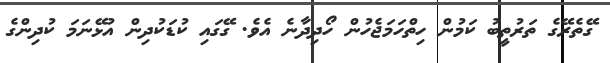
ގޭތެރޭގެ ތަރުތީބު ކަމުން ހިތްހަމަޖެހުން ހޯދިދާނެ އެވެ. ގޭގައި ކުޑަކުދިން އުޅޭނަމަ ކުދިންގެ